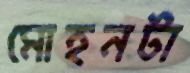
মোহনটা